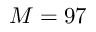
M = 9 7